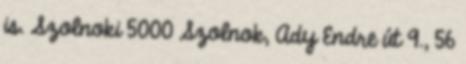
is. Szolnoki 5000 Szolnok, Ady Endre út 9., 56